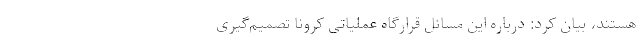
هستند، بیان کرد: درباره این مسائل قرارگاه عملیاتی کرونا تصمیم‌گیری